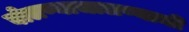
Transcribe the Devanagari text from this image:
बोलण्याचालण्याची